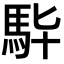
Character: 𩢈